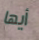
أيها